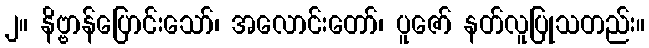
၂။ နိဗ္ဗာန်ပြောင်းသော်၊ အလောင်းတော်၊ ပူဇော် နတ်လူပြုသတည်း။